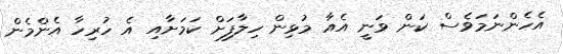
އެހެންނަމަވެސް ކަން ވަނީ އެއާ މުޅިން ހިލާފަށް ކަމަށާއި އެ ހުރިހާ އެންމެން